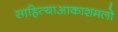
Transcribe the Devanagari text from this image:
साहित्याआकाशमलो